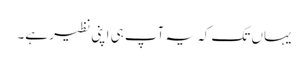
یہاں تک کہ یہ آپ ہی اپنی نظیر ہے۔